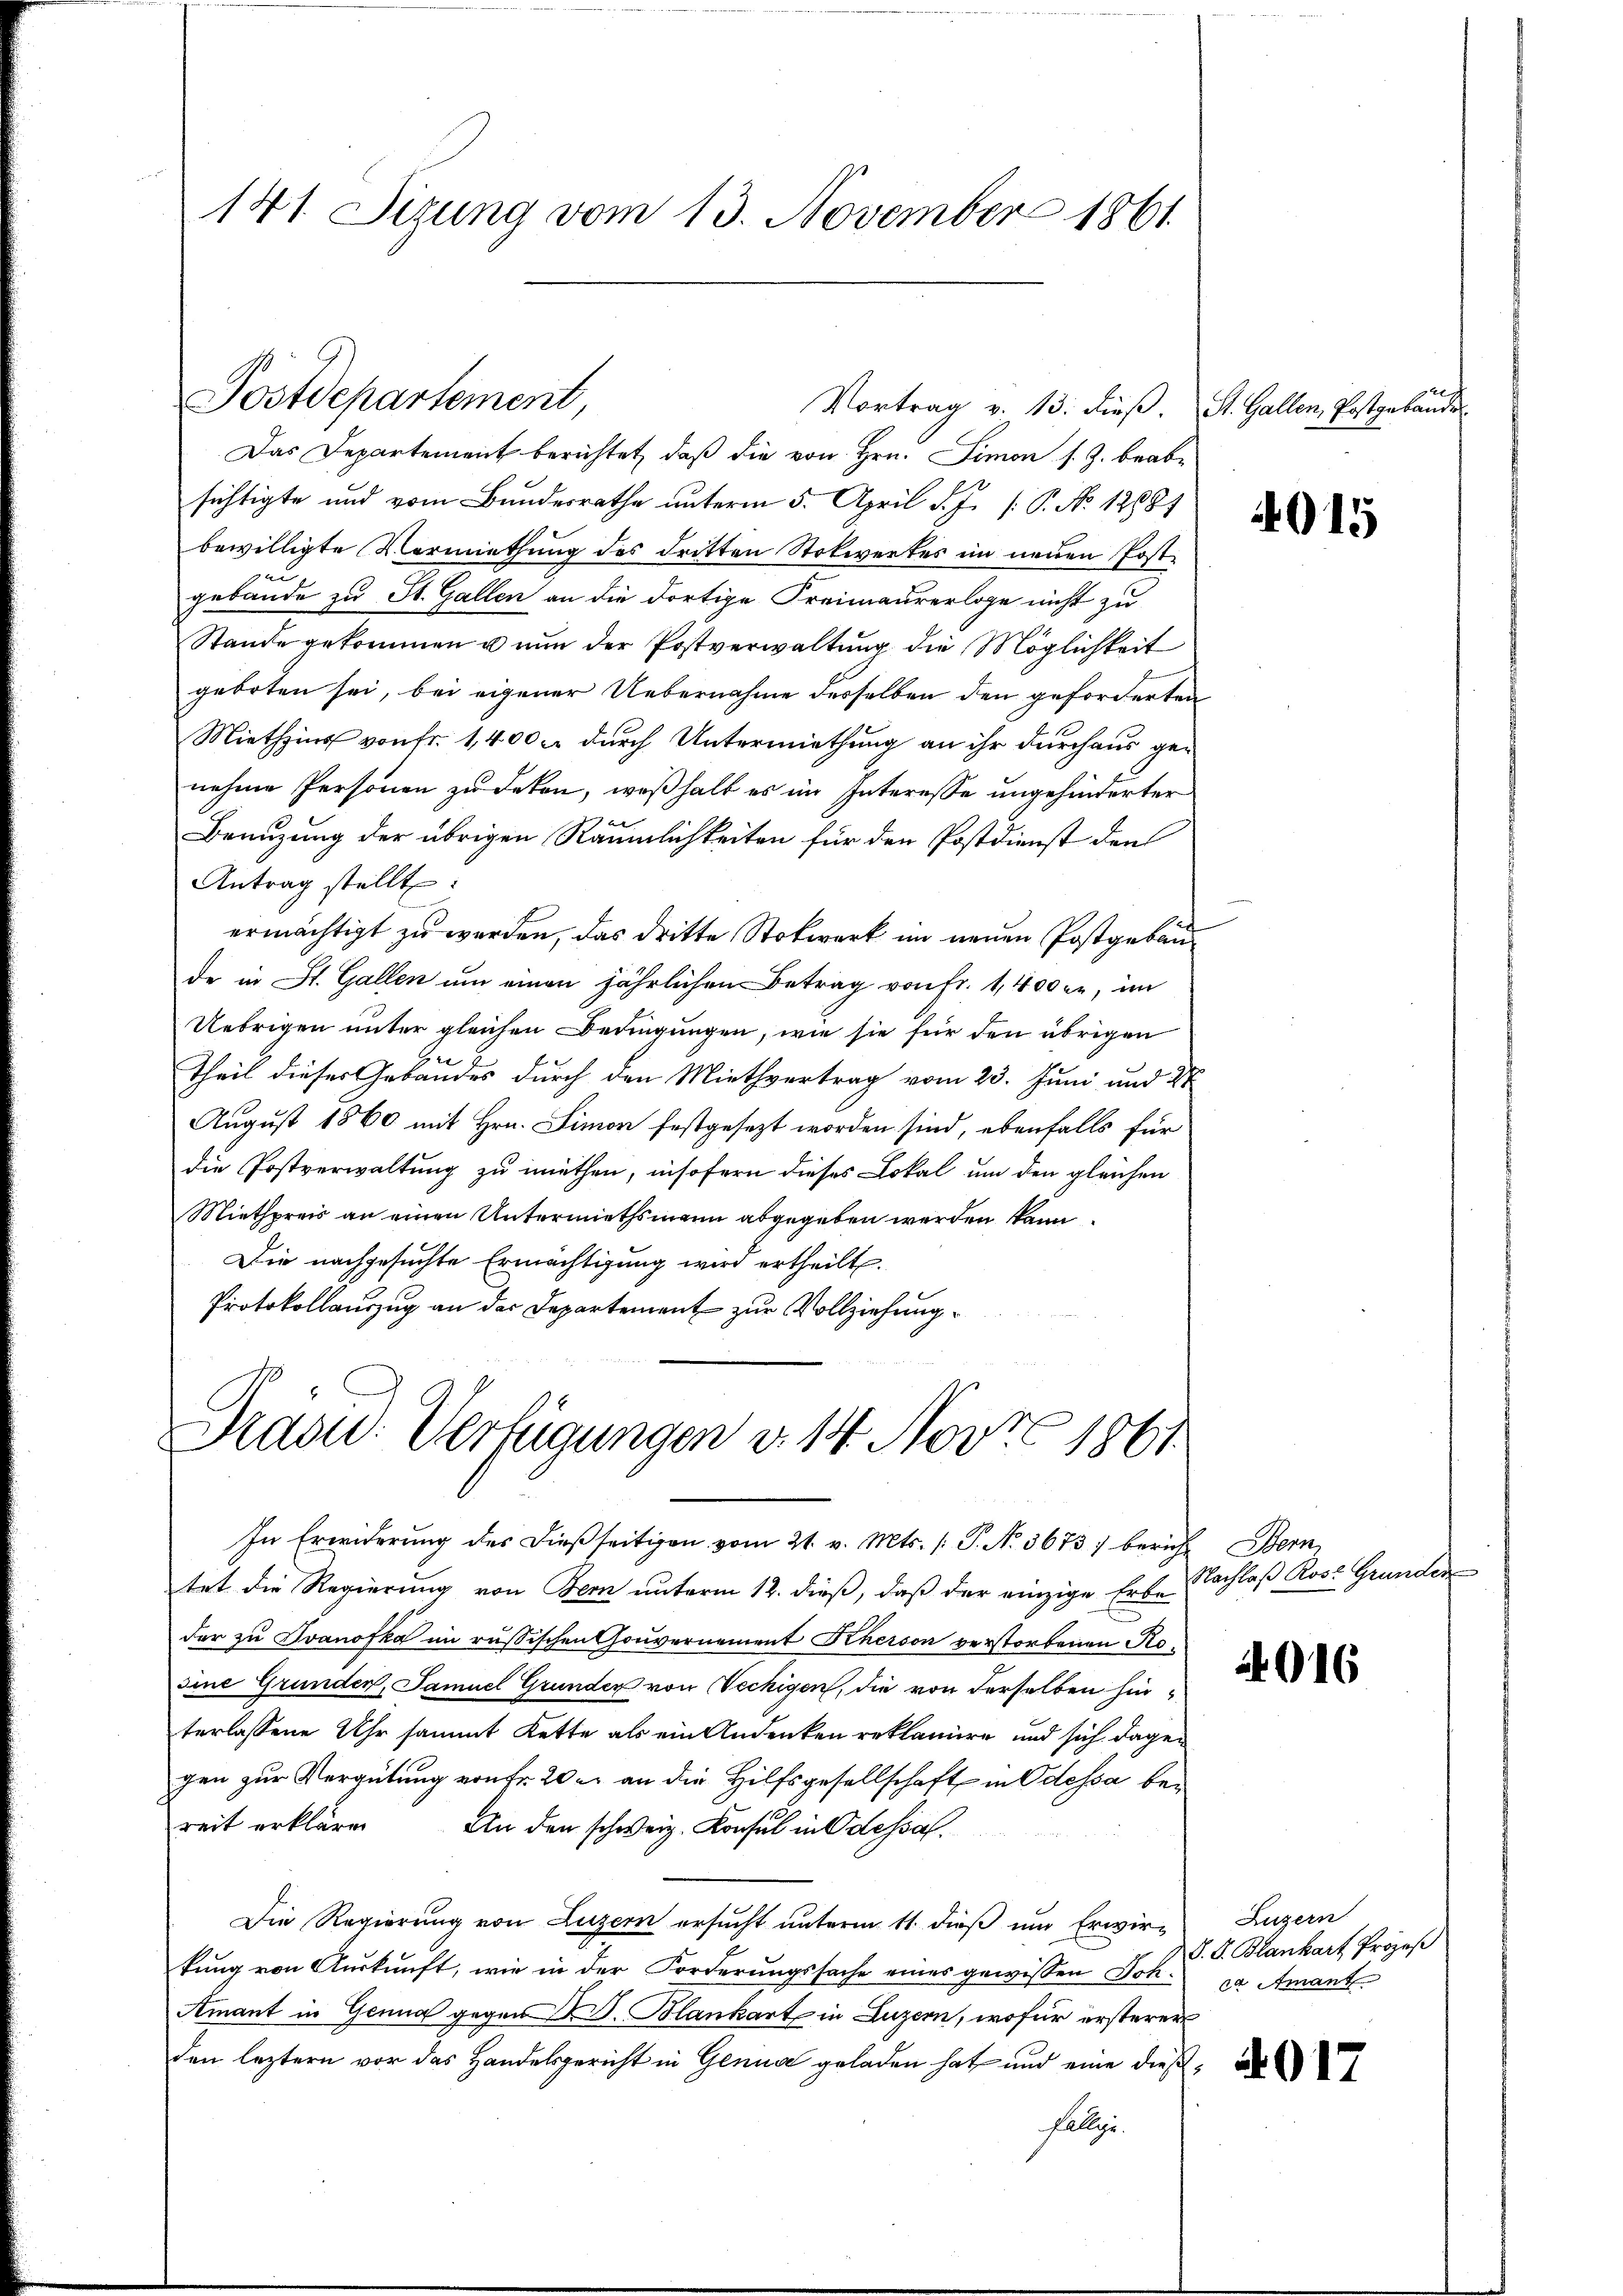
141. Sizung vom 13. November 1861

Das Departement berichtet, daß die von Hrn. Simon s. Z. beabsichtigte und vom Bundesrathe unterm 5. April d. J. [ P. No 12881
bewilligte Vormiethung des dritten Stolwertes im neuen Postf
gebäude zu St. Gallen an die dortige Freimaurerloge nicht zu
Stande gekommen u nun der Postverwaltung die Möglichkeit
geboten sei, bei eigener Uebernahme desselben den geforderten
Miethzins von fr. 1,400 m durch Untermiethung an ihr durchaus ge-
nehme Personen zu deken, weßhalb es im Interesse ungehinderter
Benuzung der übrigen Räumlichkeiten für den Postdienst den
Antrag stellt:
ermächtigt zu werden, das dritte Stockwerk im neuen Postgebäude in St. Gallen um einen jährlichen Betrag von Fr. 1,400 er, im
Uebrigen unter gleichen Bedingungen, wie sie für den übrigen
Theil dieses Gebäudes durch den Miethvertrag vom 23. Juni und 21
August 1860 mit Hrn. Simon festgesezt worden sind, ebenfalls für
die Postverwaltung zu miethen, insofern dieses Lokal um den gleichen
Miethpreis an einen Untermiethsmann abgegeben werden kann.
Die nachgesuchte Ermächtigung wird ertheilt.
Protokollauszug an der Departement zur Vollziehung

Postdepartement,
Vortrag v. 13. dieβ. St. Gallen, Postgebäude

Prasw. Verfügungen d. 14. Nov 1861

In Erwiderung des dießseitigen vom 21. v. Mts. (T. N. 3673) bericht Bern,
tet die Regierung von Bern unterm 12. dieß, daß der einzige Erbe
der zu Ivanofka im russischen Gouvernement Kherson verstorbenen Resine Grunder, Samuel Grunder von Vechigen, die von derselben hinterlassene Uhr sammt Kette als ein Andenken reklamire und sich dagegen zur Vergütung von Fr. 20 er an die Hilfsgesellschaft in Odessa bereit erklären An den schweiz. Konsul in Odessal.
Die Regierung von Luzern ersucht unterm 11. dieß um Erwirkung von Auskunft, wie in der Forderungssache eines gewissen Joh. Ja Amant
Amant in Genug gegen S. Blankart in Luzern, wofür ersterer
den leztern vor das Handelsgericht in Genua geladen hat und eine dieß¬
Fällige.

Nachlaß Rose Grunden

4015

4016

Luzern
S. G. Blankart Prozeß

2017